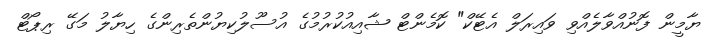
ޔާމީން ފޮނުއްވާލެއްވި ވައިރަލް އެޓޭކް" ކޮމެންޓް ޝާއިއުކުރުމުގެ އުސޫލުކިޔުންތެރިންގެ ހިޔާލު މަގޭ ރިޕޯޓް